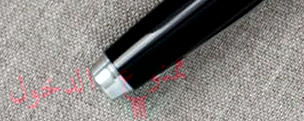
ممنوع الدخول